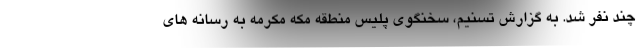
چند نفر شد. به گزارش تسنیم، سخنگوی پلیس منطقه مکه مکرمه به رسانه های